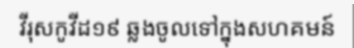
វីរុសកូវីដ១៩ ឆ្លងចូលទៅក្នុងសហគមន៍